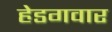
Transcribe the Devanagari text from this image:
हेडगवार